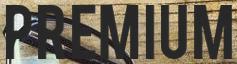
PREMIUM